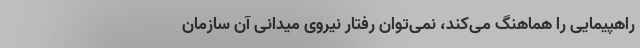
راهپیمایی را هماهنگ می‌کند، نمی‌توان رفتار نیروی میدانی آن سازمان